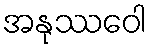
အနုဿဝေါ